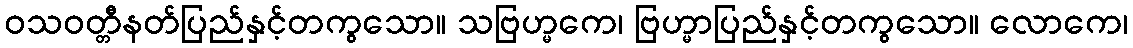
ဝသဝတ္တီနတ်ပြည်နှင့်တကွသော။ သဗြဟ္မကေ၊ ဗြဟ္မာပြည်နှင့်တကွသော။ လောကေ၊